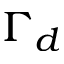
\Gamma _ { d }